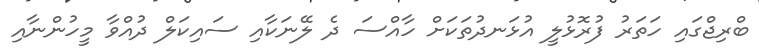
ބްރިޖްގައި ހަތަރު ފުރޮޅުލީ އުޅަނދުތަކަށް ހާއްސަ ދެ ލޭނަކާއި ސައިކަލް ދުއްވާ މީހުންނާއި